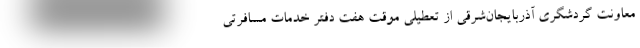
معاونت گردشگری آذربایجان‌شرقی از تعطیلی موقت هفت دفتر خدمات مسافرتی